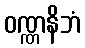
ဝဏ္ဏနိဘံ